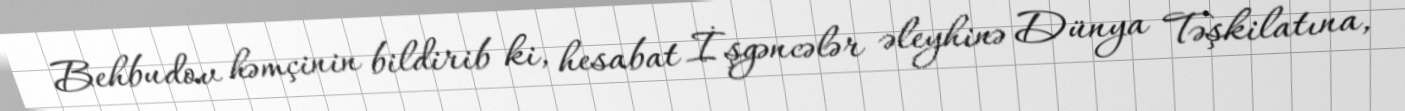
Behbudov həmçinin bildirib ki, hesabat İşgəncələr əleyhinə Dünya Təşkilatına,